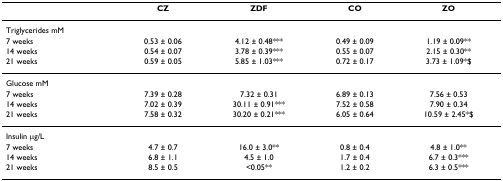
|  | CZ | ZDF | CO | ZO |
 | --- | --- | --- | --- | --- |
 | Triglycerides mM |  |  |  |  |
 | 7 weeks | 0.53 ± 0.06 | 4.12 ± 0.48*** | 0.49 ± 0.09 | 1.19 ± 0.09** |
 | 14 weeks | 0.54 ± 0.07 | 3.78 ± 0.39*** | 0.55 ± 0.07 | 2.15 ± 0.30** |
 | 21 weeks | 0.59 ± 0.05 | 5.85 ± 1.03*** | 0.72 ± 0.17 | 3.73 ± 1.09*$ |
 | Glucose mM |  |  |  |  |
 | 7 weeks | 7.39 ± 0.28 | 7.32 ± 0.31 | 6.89 ± 0.13 | 7.56 ± 0.53 |
 | 14 weeks | 7.02 ± 0.39 | 30.11 ± 0.91*** | 7.52 ± 0.58 | 7.90 ± 0.34 |
 | 21 weeks | 7.58 ± 0.32 | 30.20 ± 0.21*** | 6.05 ± 0.64 | 10.59 ± 2.45*$ |
 | Insulin μg/L |  |  |  |  |
 | 7 weeks | 4.7 ± 0.7 | 16.0 ± 3.0** | 0.8 ± 0.4 | 4.8 ± 1.0** |
 | 14 weeks | 6.8 ± 1.1 | 4.5 ± 1.0 | 1.7 ± 0.4 | 6.7 ± 0.3*** |
 | 21 weeks | 8.5 ± 0.5 | <0.05** | 1.2 ± 0.2 | 6.3 ± 0.5*** |